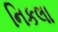
નિકલા